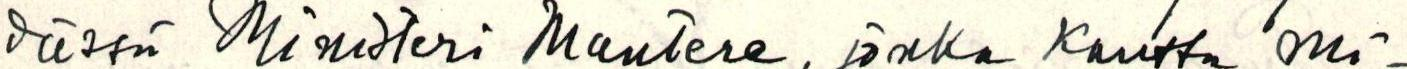
dässä Ministeri Mantere, jonka kautta mi-